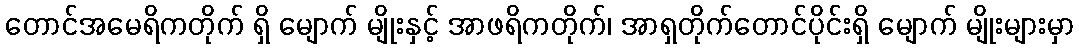
တောင်အမေရိကတိုက် ရှိ မျောက် မျိုးနှင့် အာဖရိကတိုက်၊ အာရှတိုက်တောင်ပိုင်းရှိ မျောက် မျိုးများမှာ